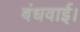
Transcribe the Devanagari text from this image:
बंधवाई।